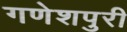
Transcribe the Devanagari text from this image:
गणेशपुरी